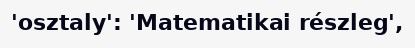
'osztaly': 'Matematikai részleg',